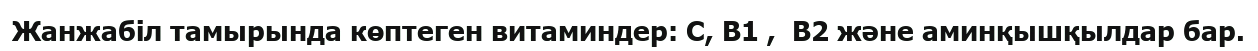
Жанжабіл тамырында көптеген витаминдер: С, B1 ,  B2 және аминқышқылдар бар.